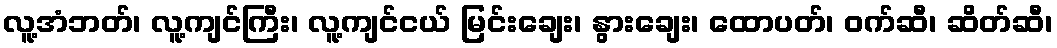
လူ့အံဘတ်၊ လူ့ကျင်ကြီး၊ လူ့ကျင်ငယ် မြင်းချေး၊ နွားချေး၊ ထောပတ်၊ ဝက်ဆီ၊ ဆိတ်ဆီ၊